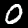
Label: 0